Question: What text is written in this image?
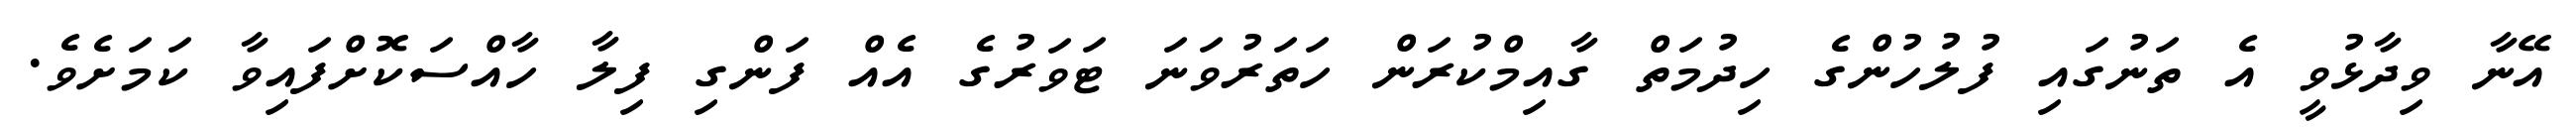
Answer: އޭނާ ވިދާޅުވީ އެ ތަނުގައި ފުލުހުންގެ ހިދުމަތް ގާއިމްކުރަން ހަތަރުވަނަ ޓަވަރުގެ އެއް ފަންގި ފިލާ ހާއްސަކޮށްފައިވާ ކަމަށެވެ.